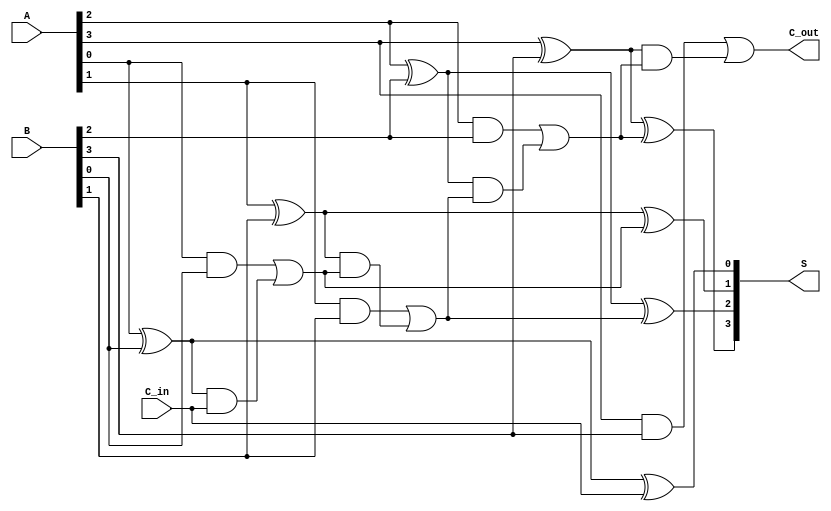
module parallel_full_adder #(
    parameter n = 4  // Parameter to define the bit-width of the adder (default is 4 bits)
)(
    input  [n-1:0] A,      // n-bit binary number A
    input  [n-1:0] B,      // n-bit binary number B
    input         C_in,     // Carry-in for the least significant bit (LSB)
    output [n-1:0] S,       // n-bit sum output
    output        C_out      // Carry-out from the most significant bit (MSB)
);

    // Internal wires for carry outputs from each full adder
    wire [n:0] C; 

    // Assign the input carry-in to the first carry wire
    assign C[0] = C_in;

    genvar i;

    // Generate the full adders for each bit
    generate
        for (i = 0; i < n; i = i + 1) begin : full_adder
            // Sum calculation
            assign S[i] = A[i] ^ B[i] ^ C[i];

            // Carry-out calculation
            assign C[i + 1] = (A[i] & B[i]) | ((A[i] ^ B[i]) & C[i]);
        end
    endgenerate

    // The final carry-out is the carry from the last full adder
    assign C_out = C[n];

endmodule